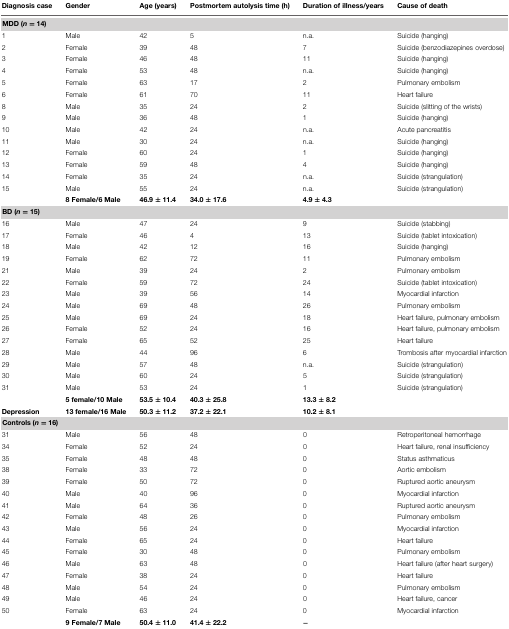
<table><thead><tr><td><b>Diagnosis case</b></td><td><b>Gender</b></td><td><b>Age (years)</b></td><td><b>Postmortem autolysis time (h)</b></td><td><b>Duration of illness/years</b></td><td><b>Cause of death</b></td></tr></thead><tbody><tr><td colspan="4"><b>MDD (<i>n</i> = 14)</b></td></tr><tr><td>1</td><td>Male</td><td>42</td><td>5</td><td>n.a.</td><td>Suicide (hanging)</td></tr><tr><td>2</td><td>Female</td><td>39</td><td>48</td><td>7</td><td>Suicide (benzodiazepines overdose)</td></tr><tr><td>3</td><td>Female</td><td>46</td><td>48</td><td>11</td><td>Suicide (hanging)</td></tr><tr><td>4</td><td>Female</td><td>53</td><td>48</td><td>n.a.</td><td>Suicide (hanging)</td></tr><tr><td>5</td><td>Female</td><td>63</td><td>17</td><td>2</td><td>Pulmonary embolism</td></tr><tr><td>6</td><td>Female</td><td>61</td><td>70</td><td>11</td><td>Heart failure</td></tr><tr><td>8</td><td>Male</td><td>35</td><td>24</td><td>2</td><td>Suicide (slitting of the wrists)</td></tr><tr><td>9</td><td>Male</td><td>36</td><td>48</td><td>1</td><td>Suicide (hanging)</td></tr><tr><td>10</td><td>Male</td><td>42</td><td>24</td><td>n.a.</td><td>Acute pancreatitis</td></tr><tr><td>11</td><td>Male</td><td>30</td><td>24</td><td>n.a.</td><td>Suicide (hanging)</td></tr><tr><td>12</td><td>Female</td><td>60</td><td>24</td><td>1</td><td>Suicide (hanging)</td></tr><tr><td>13</td><td>Female</td><td>59</td><td>48</td><td>4</td><td>Suicide (hanging)</td></tr><tr><td>14</td><td>Female</td><td>35</td><td>24</td><td>n.a.</td><td>Suicide (strangulation)</td></tr><tr><td>15</td><td>Male</td><td>55</td><td>24</td><td>n.a.</td><td>Suicide (strangulation)</td></tr><tr><td></td><td><b>8 Female/6 Male</b></td><td><b>46.9 ± 11.4</b></td><td><b>34.0 ± 17.6</b></td><td><b>4.9 ± 4.3</b></td><td></td></tr><tr><td colspan="4"><b>BD (<i>n</i> = 15)</b></td></tr><tr><td>16</td><td>Male</td><td>47</td><td>24</td><td>9</td><td>Suicide (stabbing)</td></tr><tr><td>17</td><td>Female</td><td>46</td><td>4</td><td>13</td><td>Suicide (tablet intoxication)</td></tr><tr><td>18</td><td>Male</td><td>42</td><td>12</td><td>16</td><td>Suicide (hanging)</td></tr><tr><td>19</td><td>Female</td><td>62</td><td>72</td><td>11</td><td>Pulmonary embolism</td></tr><tr><td>21</td><td>Male</td><td>39</td><td>24</td><td>2</td><td>Pulmonary embolism</td></tr><tr><td>22</td><td>Female</td><td>59</td><td>72</td><td>24</td><td>Suicide (tablet intoxication)</td></tr><tr><td>23</td><td>Male</td><td>39</td><td>56</td><td>14</td><td>Myocardial infarction</td></tr><tr><td>24</td><td>Male</td><td>69</td><td>48</td><td>26</td><td>Pulmonary embolism</td></tr><tr><td>25</td><td>Male</td><td>69</td><td>24</td><td>18</td><td>Heart failure, pulmonary embolism</td></tr><tr><td>26</td><td>Female</td><td>52</td><td>24</td><td>16</td><td>Heart failure, pulmonary embolism</td></tr><tr><td>27</td><td>Female</td><td>65</td><td>52</td><td>25</td><td>Heart failure</td></tr><tr><td>28</td><td>Male</td><td>44</td><td>96</td><td>6</td><td>Trombosis after myocardial infarction</td></tr><tr><td>29</td><td>Male</td><td>57</td><td>48</td><td>n.a.</td><td>Suicide (strangulation)</td></tr><tr><td>30</td><td>Male</td><td>60</td><td>24</td><td>5</td><td>Suicide (strangulation)</td></tr><tr><td>31</td><td>Male</td><td>53</td><td>24</td><td>1</td><td>Suicide (strangulation)</td></tr><tr><td></td><td><b>5 female/10 Male</b></td><td><b>53.5 ± 10.4</b></td><td><b>40.3 ± 25.8</b></td><td><b>13.3 ± 8.2</b></td><td></td></tr><tr><td><b>Depression</b></td><td><b>13 female/16 Male</b></td><td><b>50.3 ± 11.2</b></td><td><b>37.2 ± 22.1</b></td><td><b>10.2 ± 8.1</b></td><td></td></tr><tr><td colspan="4"><b>Controls (<i>n</i> = 16)</b></td></tr><tr><td>31</td><td>Male</td><td>56</td><td>48</td><td>0</td><td>Retroperitoneal hemorrhage</td></tr><tr><td>34</td><td>Female</td><td>52</td><td>24</td><td>0</td><td>Heart failure, renal insufficiency</td></tr><tr><td>35</td><td>Female</td><td>48</td><td>48</td><td>0</td><td>Status asthmaticus</td></tr><tr><td>38</td><td>Female</td><td>33</td><td>72</td><td>0</td><td>Aortic embolism</td></tr><tr><td>39</td><td>Female</td><td>50</td><td>72</td><td>0</td><td>Ruptured aortic aneurysm</td></tr><tr><td>40</td><td>Male</td><td>40</td><td>96</td><td>0</td><td>Myocardial infarction</td></tr><tr><td>41</td><td>Male</td><td>64</td><td>36</td><td>0</td><td>Ruptured aortic aneurysm</td></tr><tr><td>42</td><td>Female</td><td>48</td><td>26</td><td>0</td><td>Pulmonary embolism</td></tr><tr><td>43</td><td>Male</td><td>56</td><td>24</td><td>0</td><td>Myocardial infarction</td></tr><tr><td>44</td><td>Female</td><td>65</td><td>24</td><td>0</td><td>Heart failure</td></tr><tr><td>45</td><td>Female</td><td>30</td><td>48</td><td>0</td><td>Pulmonary embolism</td></tr><tr><td>46</td><td>Male</td><td>63</td><td>48</td><td>0</td><td>Heart failure (after heart surgery)</td></tr><tr><td>47</td><td>Female</td><td>38</td><td>24</td><td>0</td><td>Heart failure</td></tr><tr><td>48</td><td>Male</td><td>54</td><td>24</td><td>0</td><td>Pulmonary embolism</td></tr><tr><td>49</td><td>Male</td><td>46</td><td>24</td><td>0</td><td>Heart failure, cancer</td></tr><tr><td>50</td><td>Female</td><td>63</td><td>24</td><td>0</td><td>Myocardial infarction</td></tr><tr><td></td><td><b>9 Female/7 Male</b></td><td><b>50.4 ± 11.0</b></td><td><b>41.4 ± 22.2</b></td><td><b>-</b></td><td></td></tr></tbody></table>